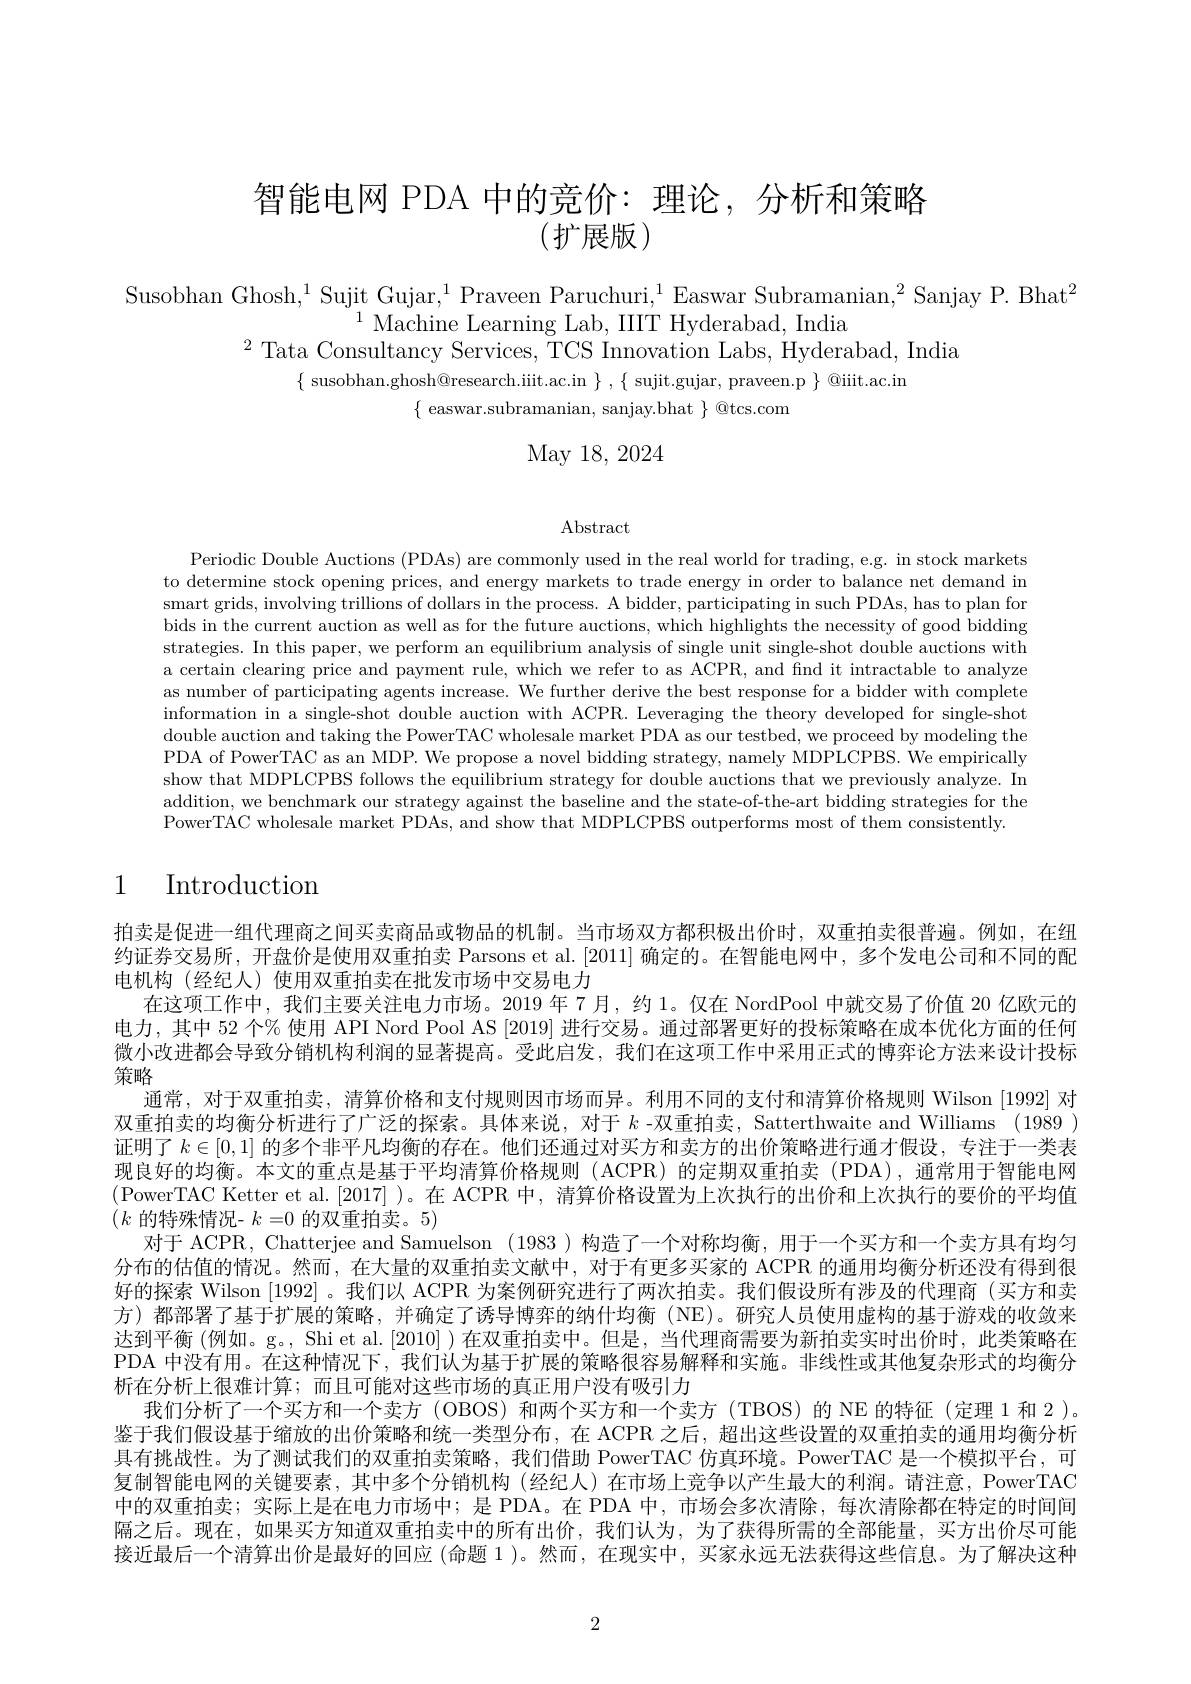
# 智能电网 PDA 中的竞价：理论，分析和策略(扩展版)

Susobhan Ghosh,$^1$Sujit Gujar,$^1$Praveen Paruchuri,$^1$Easwar Subramanian,$^2$Sanjay P. Bhat$^2$
$^{1}$Machine Learning Lab, IIIT Hyderabad, India
$^{2}$Tata Consultancy Services, TCS Innovation Labs, Hyderabad, India
$\{$ susobhan.ghosh@research.iiit.ac.in $\},\{$ sujit.gujar, praveen.p $\}$ @iiit.ac.in
$\{$ easwar.subramanian, sanjay.bhat $\}$ @tcs.com

May 18, 2024

$\operatorname{Abstract}$

Periodic Double Auctions (PDAs) are commonly used in the real world for trading, e.g. in stock markets to determine stock opening prices, and energy markets to trade energy in order to balance net demand in smart grids, involving trillions of dollars in the process. A bidder, participating in such PDAs, has to plan for bids in the current auction as well as for the future auctions, which highlights the necessity of good bidding strategies. In this paper, we perform an equilibrium analysis of single unit single-shot double auctions with a certain clearing price and payment rule, which we refer to as ACPR, and fnd it intractable to analyze as number of participating agents increase. We further derive the best response for a bidder with complete information in a single-shot double auction with ACPR. Leveraging the theory developed for single-shot double auction and taking the PowerTAC wholesale market PDA as our testbed, we proceed by modeling the PDA of PowerTAC as an MDP. We propose a novel bidding strategy, namely MDPLCPBS. We empirically show that MDPLCPBS follows the equilibrium strategy for double auctions that we previously analyze. In addition, we benchmark our strategy against the baseline and the state-of-the-art bidding strategies for the PowerTAC wholesale market PDAs, and show that MDPLCPBS outperforms most of them consistently.

# 1 Introduction

拍卖是促进一组代理商之间买卖商品或物品的机制。当市场双方都积极出价时，双重拍卖很普遍。例如，在纽约证券交易所，开盘价是使用双重拍卖 Parsons et al.[2011] 确定的。在智能电网中，多个发电公司和不同的配电机构(经纪人)使用双重拍卖在批发市场中交易电力
在这项工作中，我们主要关注电力市场。2019 年 7月，约 1。仅在 NordPool 中就交易了价值 20 亿欧元的电力，其中 52 个% 使用 API Nord Pool AS [2019] 进行交易。通过部署更好的投标策略在成本优化方面的任何微小改进都会导致分销机构利润的显著提高。受此启发，我们在这项工作中采用正式的博弈论方法来设计投标策略
通常，对于双重拍卖，清算价格和支付规则因市场而异。利用不同的支付和清算价格规则 Wilson [1992] 对双重拍卖的均衡分析进行了广泛的探索。具体来说，对于$k$ -双重拍卖，Satterthwaite and Williams (1989) 证明了$k\in[0,1]$的多个非平凡均衡的存在。他们还通过对买方和卖方的出价策略进行通才假设，专注于一类表现良好的均衡。本文的重点是基于平均清算价格规则(ACPR)的定期双重拍卖(PDA),通常用于智能电网(PowerTAC Ketter et al.[2017] )。在 ACPR 中，清算价格设置为上次执行的出价和上次执行的要价的平均值$(k$的特殊情况- $k=0$的双重拍卖。5)
对于 ACPR, Chatterjee and Samuelson (1983)构造了一个对称均衡，用于一个买方和一个卖方具有均匀分布的估值的情况。然而，在大量的双重拍卖文献中，对于有更多买家的 ACPR 的通用均衡分析还没有得到很好的探索 Wilson [1992] 。我们以 ACPR 为案例研究进行了两次拍卖。我们假设所有涉及的代理商(买方和卖方) 都部署了基于扩展的策略，并确定了诱导博弈的纳什均衡(NE)。研究人员使用虚构的基于游戏的收敛来达到平衡 (例如。g。, Shi et al.[2010] )在双重拍卖中。但是，当代理商需要为新拍卖实时出价时，此类策略在PDA 中没有用。在这种情况下，我们认为基于扩展的策略很容易解释和实施。非线性或其他复杂形式的均衡分析在分析上很难计算；而且可能对这些市场的真正用户没有吸引力
我们分析了一个买方和一个卖方 (OBOS) 和两个买方和一个卖方 (TBOS) 的 NE 的特征 (定理 1 和 2 )。鉴于我们假设基于缩放的出价策略和统一类型分布，在 ACPR 之后，超出这些设置的双重拍卖的通用均衡分析具有挑战性。为了测试我们的双重拍卖策略，我们借助 PowerTAC 仿真环境。PowerTAC 是一个模拟平台，可复制智能电网的关键要素，其中多个分销机构(经纪人)在市场上竞争以产生最大的利润。请注意，PowerTAC 中的双重拍卖；实际上是在电力市场中；是 PDA。在 PDA 中，市场会多次清除，每次清除都在特定的时间间隔之后。现在，如果买方知道双重拍卖中的所有出价，我们认为，为了获得所需的全部能量，买方出价尽可能接近最后一个清算出价是最好的回应(命题 1 )。然而，在现实中，买家永远无法获得这些信息。为了解决这种

2